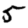
Digit: 5